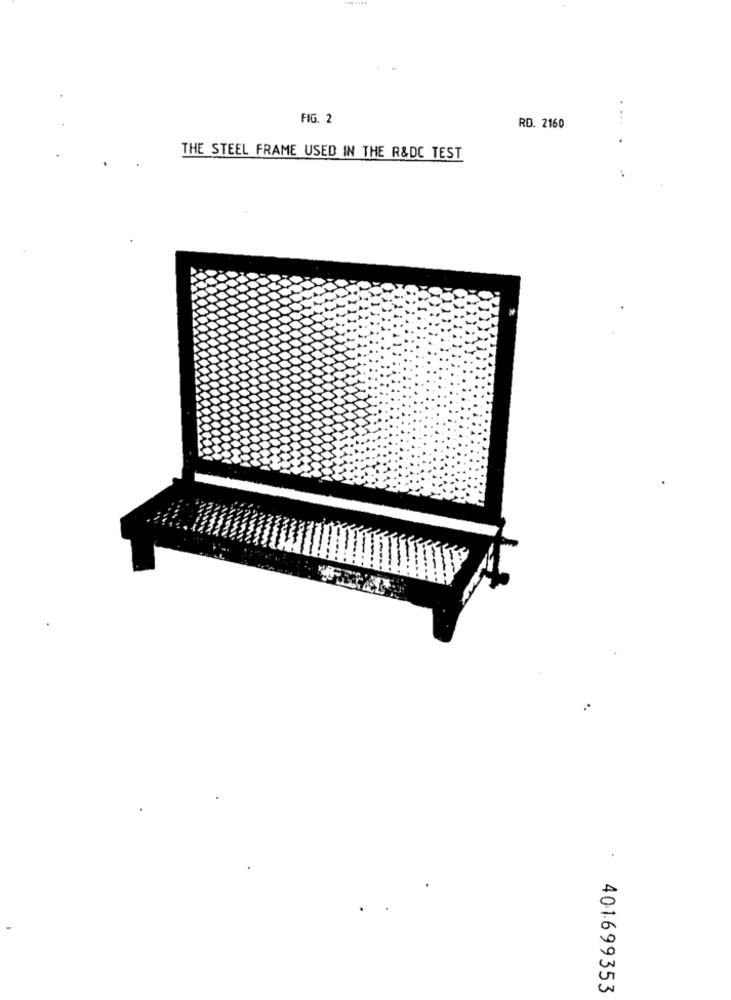
FIG. 2
RD. 2160
...
THE STEEL FRAME USED IN THE R&DC TEST
.
401699353